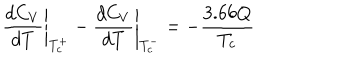
\left. \frac { d C _ { V } } { d T } \right| _ { T _ { c } ^ { + } } - \left. \frac { d C _ { V } } { d T } \right| _ { T _ { c } ^ { - } } = - \frac { 3 . 6 6 Q } { T _ { c } }